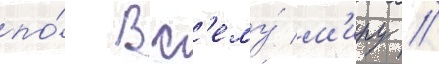
по́ вс'ему́ м'иру //